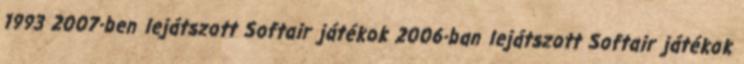
1993 2007-ben lejátszott Softair játékok 2006-ban lejátszott Softair játékok